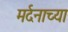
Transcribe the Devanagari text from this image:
मर्दनाच्या